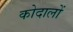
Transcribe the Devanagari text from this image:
कोदालों